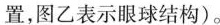
置，图乙表示眼球结构)。